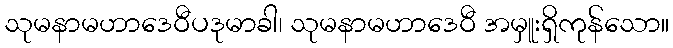
သုမနာမဟာဒေဝီပဒုမာခါ၊ သုမနာမဟာဒေဝီ အမှူးရှိကုန်သော။